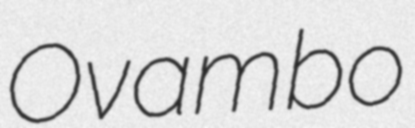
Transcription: Ovambo